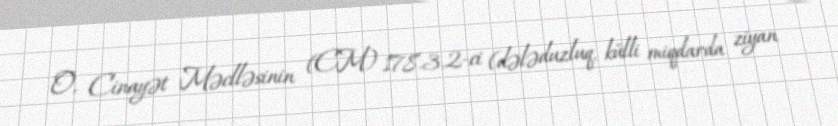
O, Cinayət Məclləsinin (CM) 178.3.2-ci (dələduzluq, külli miqdarda ziyan